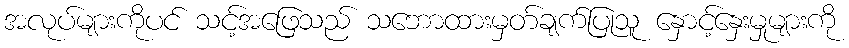
အလုပ်များကိုပင် သင့်အဖြေသည် သဘောထားမှတ်ချက်ပြုသူ နှောင့်နှေးမှုများကို